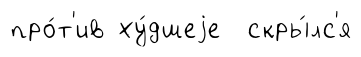
про́т'ив ху́дшеjе скры́лс'я